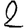
Digit: 2